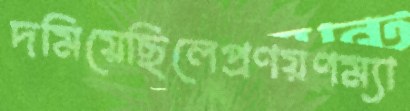
দমিয়েছিলেপ্রণয়ণম্যা